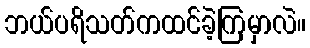
ဘယ်ပရိသတ်ကထင်ခဲ့ကြမှာလဲ။